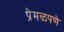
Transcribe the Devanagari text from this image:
प्रेमळपणे